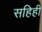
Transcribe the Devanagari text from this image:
सहिही